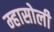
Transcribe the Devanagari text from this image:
म्हासोली